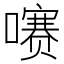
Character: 𫬐